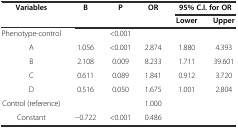
| <ROWSPAN=2> Variables | <ROWSPAN=2> B | <ROWSPAN=2> P | <ROWSPAN=2> OR | <COLSPAN=2> 95% C.I. for OR |
 | Lower | Upper |
 | --- | --- | --- | --- | --- | --- |
 | Phenotype-control |  | <0.001 |  |  |  |
 | A | 1.056 | <0.001 | 2.874 | 1.880 | 4.393 |
 | B | 2.108 | 0.009 | 8.233 | 1.711 | 39.601 |
 | C | 0.611 | 0.089 | 1.841 | 0.912 | 3.720 |
 | D | 0.516 | 0.050 | 1.675 | 1.001 | 2.804 |
 | Control (reference) |  |  | 1.000 |  |  |
 | Constant | -0.722 | <0.001 | 0.486 |  |  |